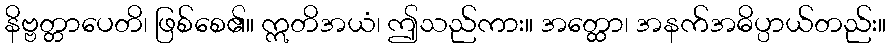
နိဗ္ဗတ္တာပေတိ၊ ဖြစ်စေ၏။ ဣတိအယံ၊ ဤသည်ကား။ အတ္ထော၊ အနက်အဓိပ္ပာယ်တည်း။